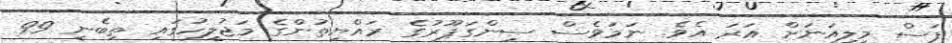
ފަސް މިލިއަނަށް އަރަ އެވެ. ނަމަވެސް ސިންގަޕޫރުގެ ރައްޔިތުންގެ މަޖުލީހުގައި ތިބެނީ 99